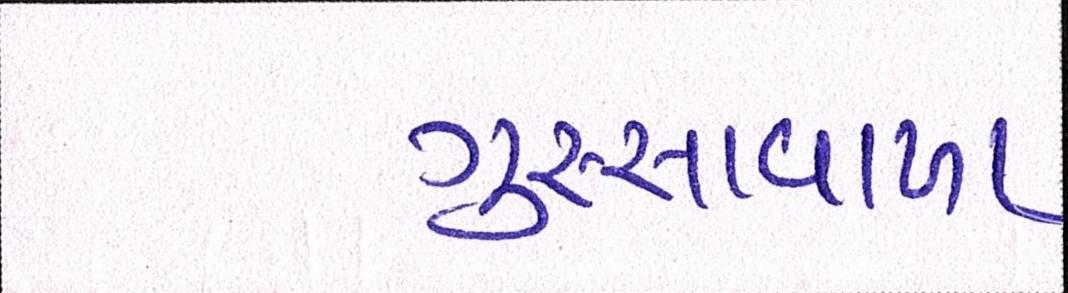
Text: ગુસ્સાવાળા